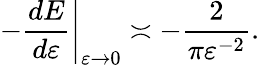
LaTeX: \left.-\frac{d{E}}{d{\varepsilon}}\right|_{\varepsilon\to 0}\asymp-\frac{2}{\pi\varepsilon^{-2}}.